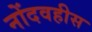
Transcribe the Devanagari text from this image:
नोंदवहीस